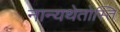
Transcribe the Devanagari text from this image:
नान्यथेतोस्ति